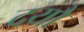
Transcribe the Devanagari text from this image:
दयौ